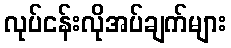
လုပ်ငန်းလိုအပ်ချက်များ